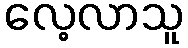
လေ့လာသူ